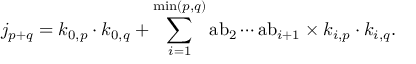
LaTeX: j _ { p + q } = k _ { 0 , p } \cdot k _ { 0 , q } + \sum _ { i = 1 } ^ { \operatorname* { m i n } ( p , q ) } { \mathrm { a b } } _ { 2 } \cdots { \mathrm { a b } } _ { i + 1 } \times k _ { i , p } \cdot k _ { i , q } .